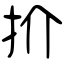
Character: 扴